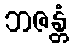
ဘဇန္တံ